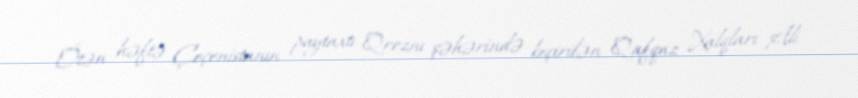
Ötən həftə Çeçenistanın paytaxtı Qroznı şəhərində keçirilən Qafqaz Xalqları Ali